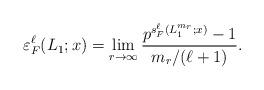
LaTeX: \begin{align*} \varepsilon_F^\ell(L_1;x) = \lim_{r \to \infty} \frac{p^{s^\ell_F(L_1^{m_r};x)}-1}{m_r/(\ell+1)}. \end{align*}